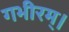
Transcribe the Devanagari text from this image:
गभीरम्।